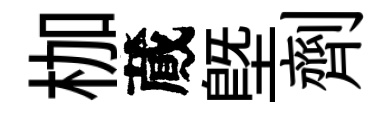
枷蕆塈劑